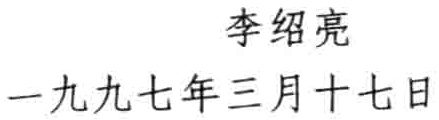
李绍亮

一九九七年三月十七日